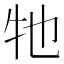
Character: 牠